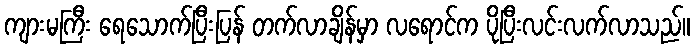
ကျားမကြီး ရေသောက်ပြီးပြန် တက်လာချိန်မှာ လရောင်က ပိုပြီးလင်းလက်လာသည်။